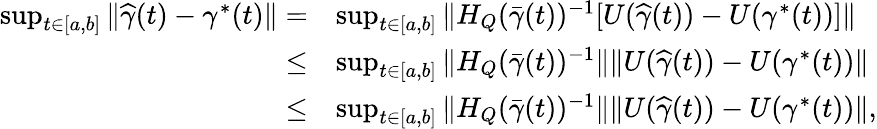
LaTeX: \begin{array}{rl}{\operatorname*{sup}_{t\in[a,b]}\| \widehat\gamma(t)-\gamma^{*}(t)\| =}&{\operatorname*{sup}_{t\in[a,b]}\| H_{Q}(\bar{\gamma}(t))^{-1}[U(\widehat\gamma(t))-U(\gamma^{*}(t))]\| }\\ {\le}&{\operatorname*{sup}_{t\in[a,b]}\| H_{Q}(\bar{\gamma}(t))^{-1}\| \| U(\widehat\gamma(t))-U(\gamma^{*}(t))\| }\\ {\le}&{\operatorname*{sup}_{t\in[a,b]}\| H_{Q}(\bar{\gamma}(t))^{-1}\| \| U(\widehat\gamma(t))-U(\gamma^{*}(t))\| ,}\end{array}